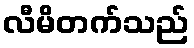
လီမိတက်သည်